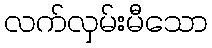
လက်လှမ်းမီသော